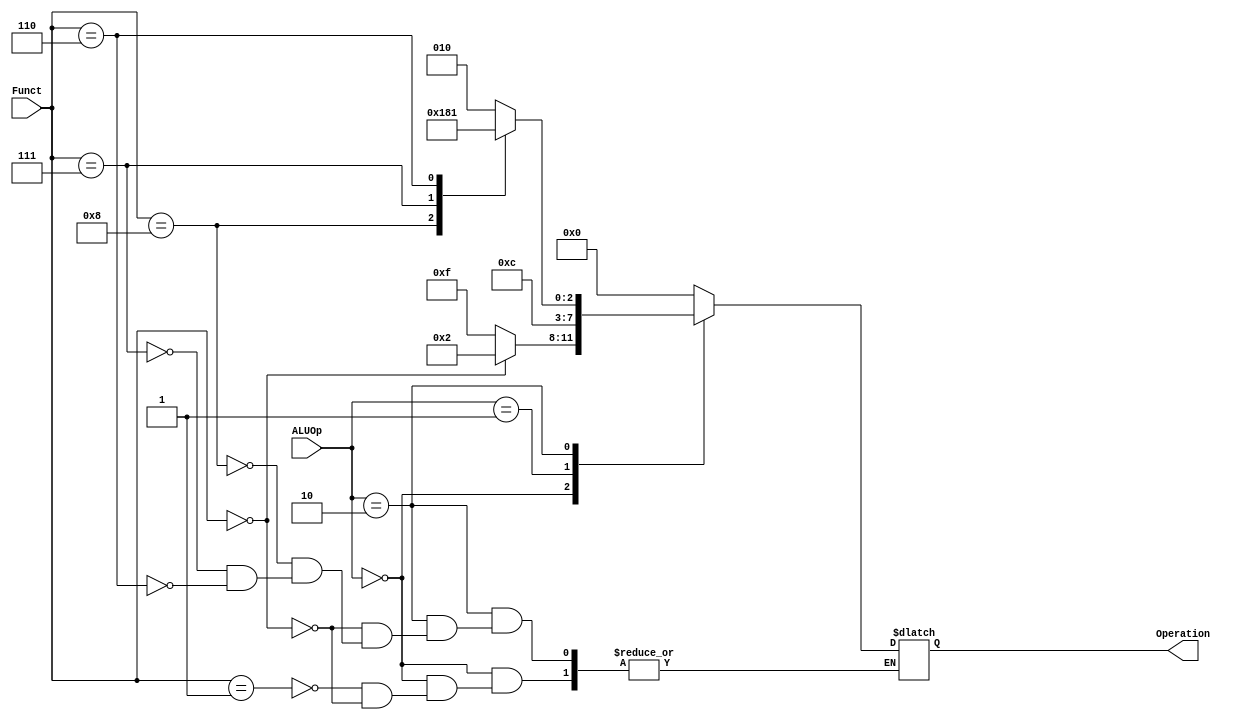

module ALU_Control(
  input [1:0] ALUOp,
  input [3:0] Funct,
  
  output reg [3:0] Operation  
);
  
  always @(*)
      begin
      case ( ALUOp )
        2'b00: 
          begin
            case( Funct)
                3'b001: Operation =  4'b1111; // ADDED SLLI
                3'b000: Operation = 4'b0010; 
            endcase
          end
        2'b01: Operation = 4'b0110 ;
        2'b10:
          begin
            case (Funct)
              4'b0000: Operation = 4'b0010 ;
              4'b1000: Operation = 4'b0110 ;
              4'b0111: Operation = 4'b0000 ;
              4'b0110: Operation = 4'b0001 ;
            endcase
          end
        default: Operation = 4'b0 ;
      endcase
    end
   
endmodule